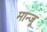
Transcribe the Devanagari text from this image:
मान्जू